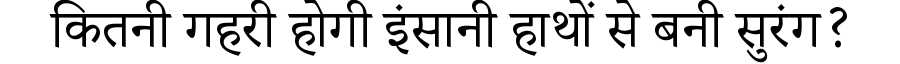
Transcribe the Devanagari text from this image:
कितनी गहरी होगी इंसानी हाथों से बनी सुरंग?